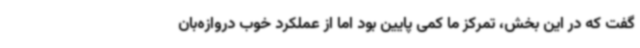
گفت که در این بخش، تمرکز ما کمی پایین بود اما از عملکرد خوب دروازه‌بان